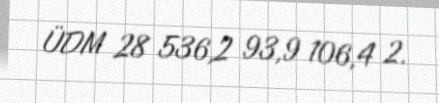
ÜDM 28 536,2 93,9 106,4 2.